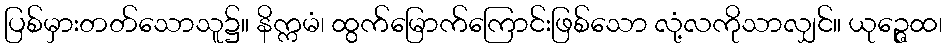
ပြစ်မှားတတ်သောသူ၌။ နိက္ကမံ၊ ထွက်မြောက်ကြောင်းဖြစ်သော လုံ့လကိုသာလျှင်။ ယုဉ္ဇေထ၊